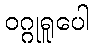
ဝဂ္ဂုရူပေါ